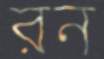
রন